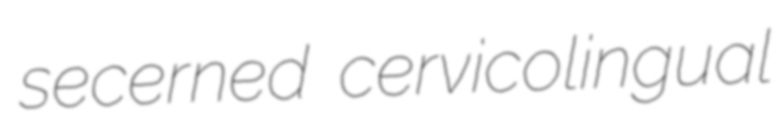
secerned cervicolingual